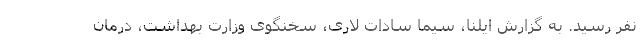
نفر رسید. به گزارش ایلنا، سیما سادات لاری، سخنگوی وزارت بهداشت، درمان